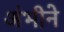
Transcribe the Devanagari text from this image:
अंभीने